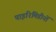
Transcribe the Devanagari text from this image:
पाइरिमिडीनों